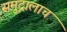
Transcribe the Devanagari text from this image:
समुद्रालाच